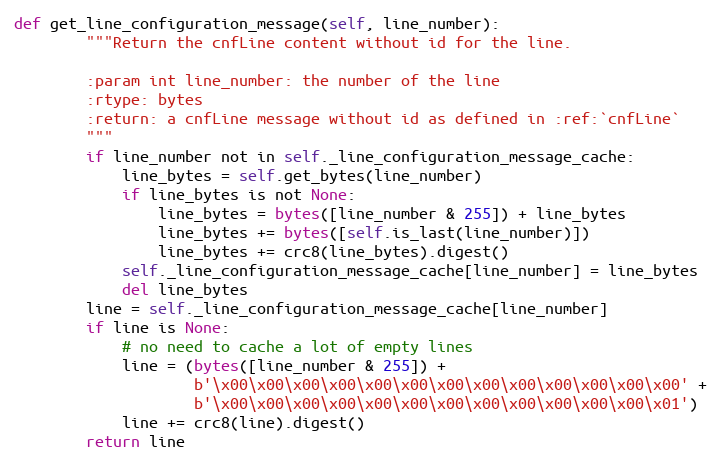
Language: Python
def get_line_configuration_message(self, line_number):
        """Return the cnfLine content without id for the line.

        :param int line_number: the number of the line
        :rtype: bytes
        :return: a cnfLine message without id as defined in :ref:`cnfLine`
        """
        if line_number not in self._line_configuration_message_cache:
            line_bytes = self.get_bytes(line_number)
            if line_bytes is not None:
                line_bytes = bytes([line_number & 255]) + line_bytes
                line_bytes += bytes([self.is_last(line_number)])
                line_bytes += crc8(line_bytes).digest()
            self._line_configuration_message_cache[line_number] = line_bytes
            del line_bytes
        line = self._line_configuration_message_cache[line_number]
        if line is None:
            # no need to cache a lot of empty lines
            line = (bytes([line_number & 255]) +
                    b'\x00\x00\x00\x00\x00\x00\x00\x00\x00\x00\x00\x00\x00' +
                    b'\x00\x00\x00\x00\x00\x00\x00\x00\x00\x00\x00\x00\x01')
            line += crc8(line).digest()
        return line